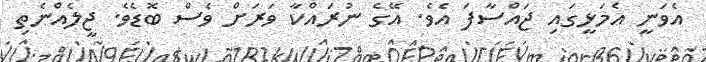
އެވަނީ އެމަޅީގައި ޖައްސާފަ އެވެ. އޭގެ ނުރައްކާ ވަރަށް ވެސް ބޮޑެވެ. ޖީލެއްނެތި